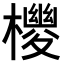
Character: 𪴉